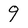
Character: 9